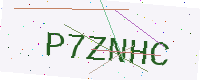
Text: P7ZNHC